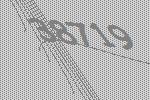
38719